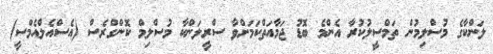
ލަންކާގެ މުސްލިމުން ތަމްސީލުކުރާ އެންމެ ބޮޑު ޖަމާއަތްކަމަށްވާ ސްރީލަންކާ މުސްލިމް ކޮންގްރެސް (އެސްއެލްއެމްސީ)